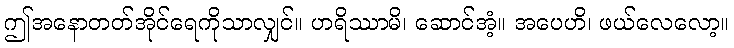
ဤအနောတတ်အိုင်ရေကိုသာလျှင်။ ဟရိဿာမိ၊ ဆောင်အံ့။ အပေဟိ၊ ဖယ်လေလော့။